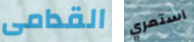
القدامى استمري